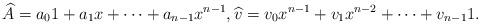
LaTeX: \begin{align*}\widehat{A}=a_0 1 + a_1 x + \cdots + a_{n-1} x^{n-1},\widehat{v}= v_0 x^{n-1} + v_1 x^{n-2}+ \cdots + v_{n-1}1.\end{align*}